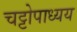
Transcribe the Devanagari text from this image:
चट्टोपाध्यय